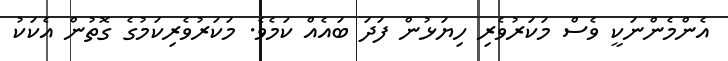
އެންމެންނަކީ ވެސް މަކަރުވެރި ހިޔަޅުން ފަދަ ބައެއް ކަމެވެ. މަކަރުވެރިކަމުގެ ގޮތުން އެކަކު